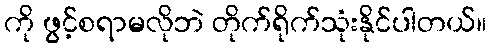
ကို ဖွင့်စရာမလိုဘဲ တိုက်ရိုက်သုံးနိုင်ပါတယ်။